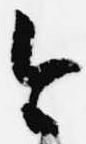
今